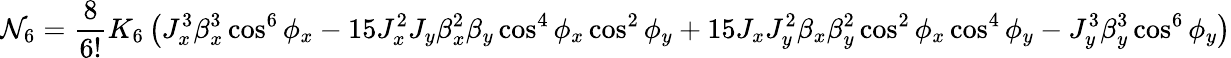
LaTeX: \mathcal{N}_{6}=\frac{{8}}{{6!}}K_{6}\left(J_{x}^{3}\beta_{x}^{3}\cos^{6}{\phi_{x}}-15J_{x}^{2}J_{y}\beta_{x}^{2}\beta_{y}\cos^{4}{\phi_{x}}\cos^{2}{\phi_{y}}+15J_{x}J_{y}^{2}\beta_{x}\beta_{y}^{2}\cos^{2}{\phi_{x}}\cos^{4}{\phi_{y}}-J_{y}^{3}\beta_{y}^{3}\cos^{6}{\phi_{y}}\right)